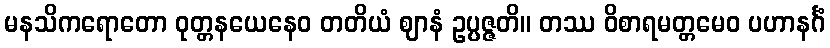
မနသိကရောတော ဝုတ္တနယေနေဝ တတိယံ ဈာနံ ဥပ္ပဇ္ဇတိ။ တဿ ဝိစာရမတ္တမေဝ ပဟာနင်္ဂံ